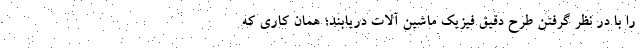
را با در نظر گرفتن طرح دقیق فیزیک ماشین آلات دریابند؛ همان کاری که